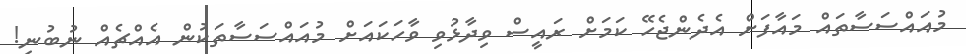
މުއައްސަސާތައް މައާފަށް އެދެންޖެހޭ ކަމަށް ރައީސް ވިދާޅުވި ވާހަކައަށް މުއައްސަސާތަކުން އެއްޗެއް ނުބުނި!